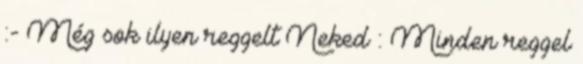
:- Még sok ilyen reggelt Neked : Minden reggel